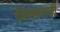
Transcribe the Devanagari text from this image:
जिल्हयाची